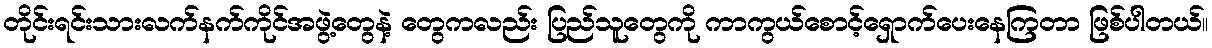
တိုင်းရင်းသားလက်နက်ကိုင်အဖွဲ့တွေနဲ့ တွေကလည်း ပြည်သူတွေကို ကာကွယ်စောင့်ရှောက်ပေးနေကြတာ ဖြစ်ပါတယ်။